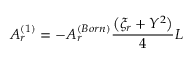
A _ { r } ^ { ( 1 ) } = - A _ { r } ^ { ( B o r n ) } \frac { \big ( \xi _ { r } + Y ^ { 2 } \big ) } { 4 } L